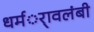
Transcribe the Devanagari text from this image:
धर्मर्ावलंबी